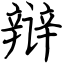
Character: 辩